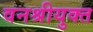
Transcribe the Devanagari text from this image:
वनश्रीयुक्त